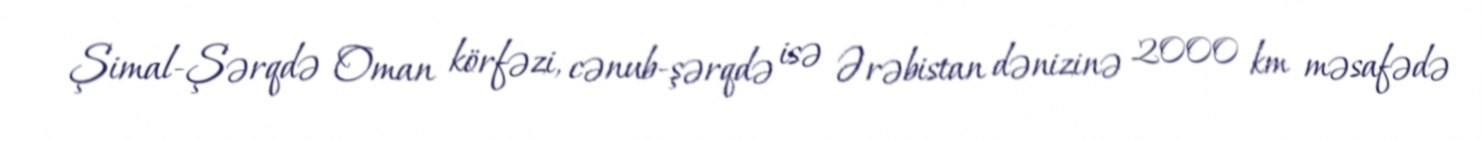
Şimal-Şərqdə Oman körfəzi, cənub-şərqdə isə Ərəbistan dənizinə 2000 km məsafədə